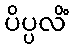
ပိပ္ပလိံ